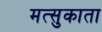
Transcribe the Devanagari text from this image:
मत्सुकाता